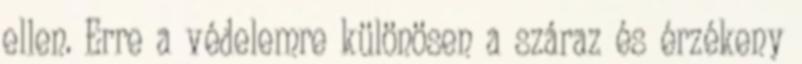
ellen. Erre a védelemre különösen a száraz és érzékeny